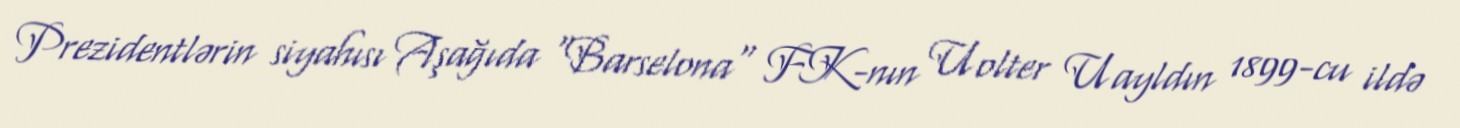
Prezidentlərin siyahısı Aşağıda "Barselona" FK-nın Uolter Uayldın 1899-cu ildə